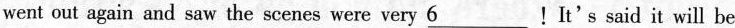
went out again and saw the scenes were very \underline{6}!It's said it will be